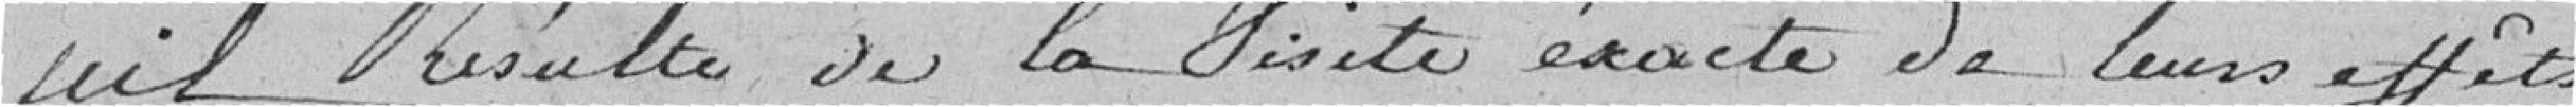
Qu'il résulte de la visite exacte de leurs effets